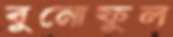
বুনোফুল